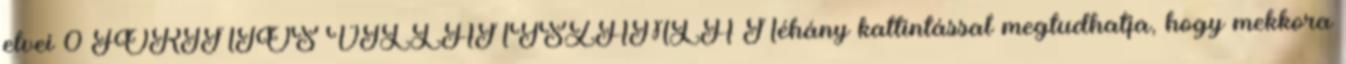
elvei 0 FORINTOS VILLANYSZÁMLA Néhány kattintással megtudhatja, hogy mekkora